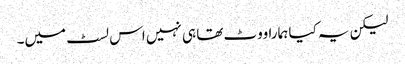
لیکن یہ کیا ہمارا ووٹ تھا ہی نہیں اس لسٹ میں۔